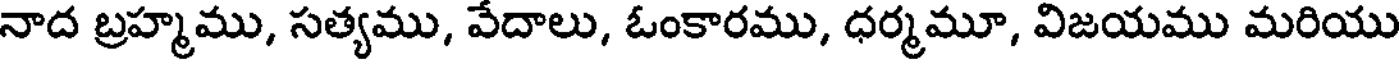
నాద బ్రహ్మము, సత్యము, వేదాలు, ఓంకారము, ధర్మమూ, విజయము మరియు